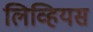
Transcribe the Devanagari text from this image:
लिव्हियस